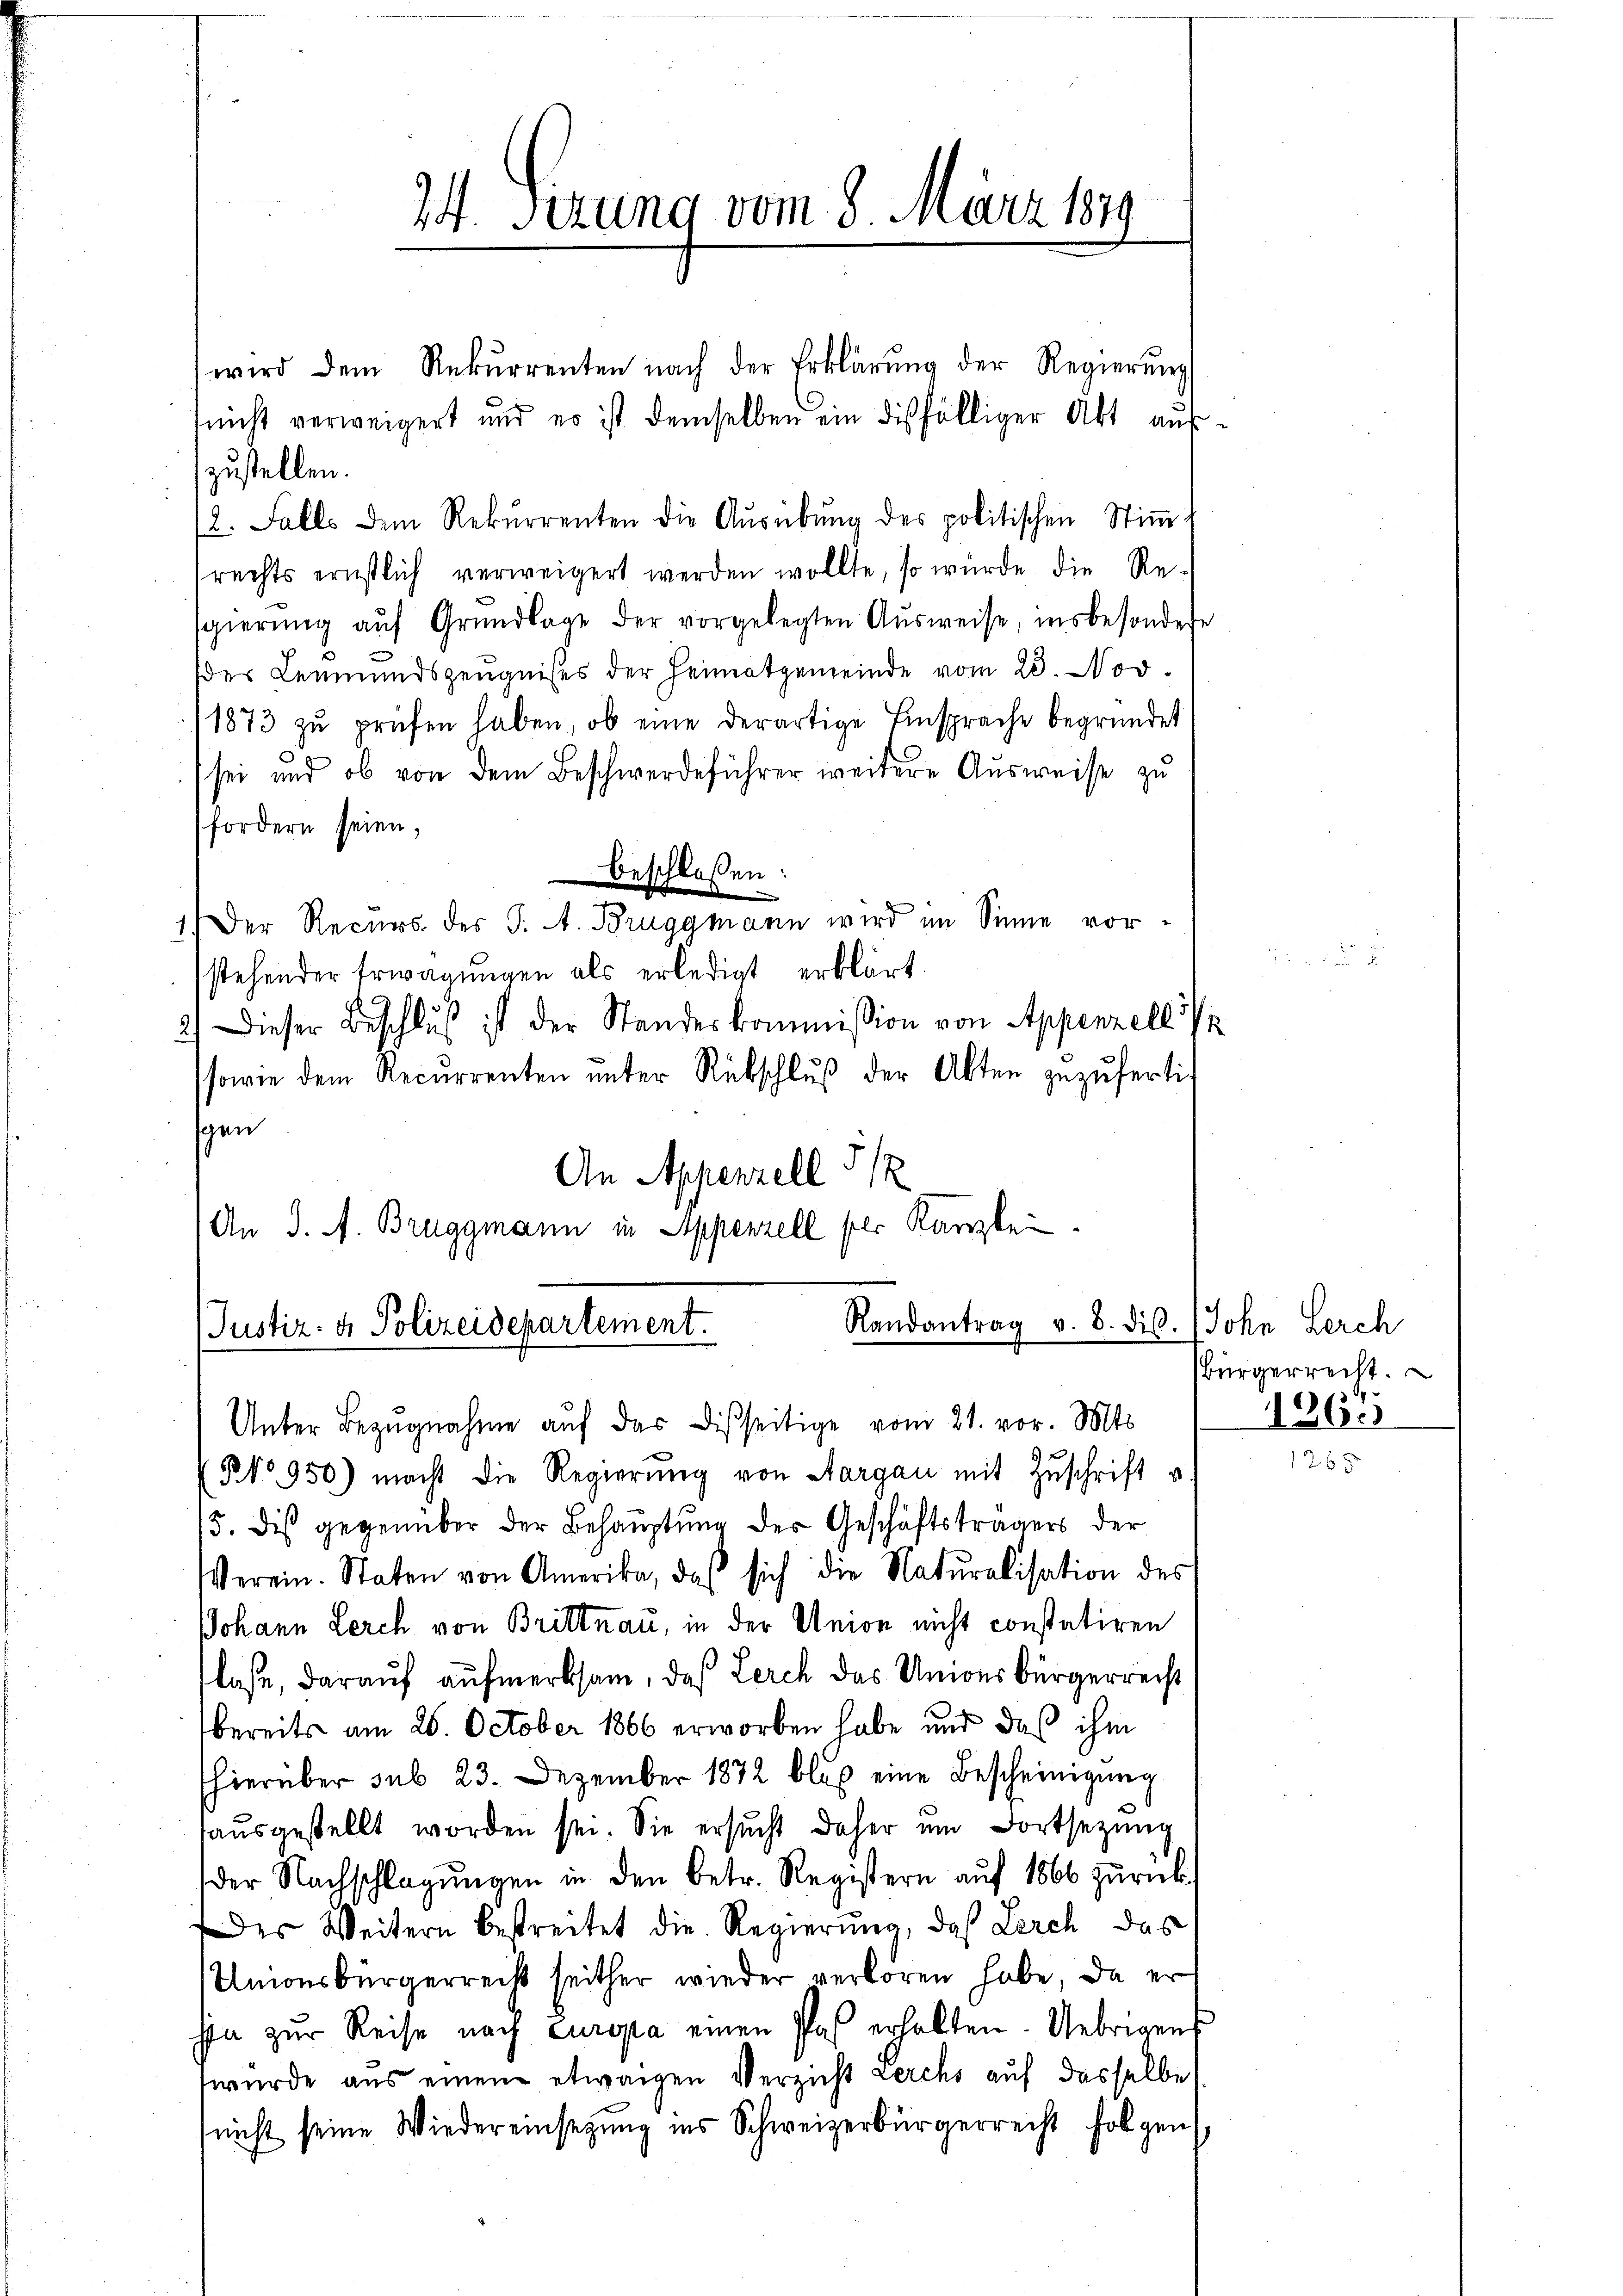
74. Sizung vom 8. März 1879

wird dem Rekurrenten nach der Erklärung der Regierŭng
(nicht verweigert und es ist demselben ein diesfälliger Akt aufzustellen.
2. Falls dem Rekurrenten die Aŭsübŭng des politischen Stiṁ-
rechts ernstlich verweigert werden wollte, so wurde die Re-
sgierŭng aŭf Grŭndlage der vorgelegten Aŭsweise, insbesondere
der Leumundszeugnisses der Heimatgemeinde vom 23. Nov.
1873 zŭ prüfen haben, ob eine derartige Einsprache begründet
sei und ob von dem Beschwerdeführer weitere Aŭsweise zu
fordern seien,
beschlossen:
1.) Der Recurs des J. A. Bruggmann wird im Sinne vorstehender Erwägŭngen als erledigt erklärt.
2.) Dieser Beschlŭβ ist der Standeskommission von Appenzell
sowie dem Recurrenten ŭnter Rückschlŭβ der Akten zuzufertigen
An Appenzell 312
An J. A. Bruggmann in Appenzell ser Kanzle

Randantrag v. 8. die
Justiz- & Polizeidepartement.
Unter Bezŭgnahme aŭf das Disseitige vom 21. vor. Mts.

No 950) macht die Regierŭng von Aargau mit Zŭschrift u
15. Dis gegenüber der Behauptung der Geschäftsträgers der
Verein. Staten von Amerika, das sich die Naturalisation des
Johann Lerch von Brittnau, in der Union nicht constatiren
laße, darauf aufmerksam, daß Lerch das Unionsbürgerrecht
bereits am 26. October 1866 erworben habe und das ihm
hierüber sub 23. Dezember 1872 blos eine Bescheinigung
aŭsgestellt worden sei. Sie ersŭcht daher ein Fortsetzŭng
der Nachschlagŭngen in den betr. Registern aŭf 1866 zŭrück
es Weitern bestreitet die Regierung, daß Lerch das
Unionsbürgerrecht seither wieder verloren habe, da er
ha zur Reise nach Europa einen Pas erhalten. Uebrigens
wurde aus einem etwaigen Verzicht Lerchs auf dasselbe
nicht seine Wiedereinsetzung ins Schweizerbürgerrecht folgen,

. John Lerch
Bürgerrecht.
¬
1260